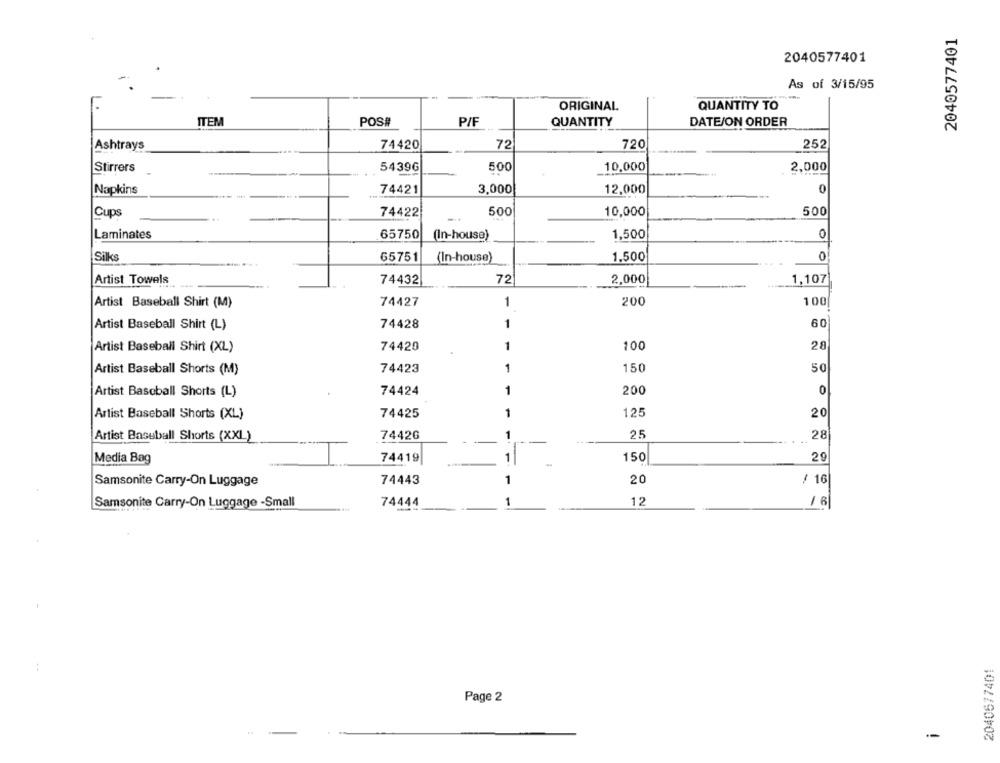
2040577401
2040577401
As of 3/15/95
ORIGINAL
QUANTITY TO
ITEM
POS#
P/F
QUANTITY
DATEJON ORDER
Ashtrays
74420
72
720
252
Stirrers
5439G
500
10,000
2,000
Napkins
74421
3,000
12,000
0
Cups
74422
500
10,000
500
Laminates
65750
(In-house)
1,500
0
Silks
65751
(In-house)
1.500
0
Artist Towels
74432
72
2,000
1,107
Artist Baseball Shirt (M)
74427
1
200
100
Artist Baseball Shirt (L)
74428
1
60
Artist Baseball Shirt (XL)
74420
1
100
28
Artist Baseball Shorts (M)
74423
1
150
50
200
0
Artist Baseball Shorts (L)
74424
1
1
125
Artist Baseball Shorts (XL)
74425
20
25
28
Artist Baseball Shorts (XXL)
74426
Media Bag
74419
1
150
29
74443
1
20
/ 16
Samsonite Carry-On Luggage
Samsonite Carry-On Luggage -Small
74444
1
12
2040677401
Page 2
-